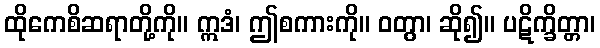
ထိုကေစိဆရာတို့ကို။ ဣဒံ၊ ဤစကားကို။ ဝတွာ၊ ဆို၍။ ပဋိက္ခိတ္တာ၊